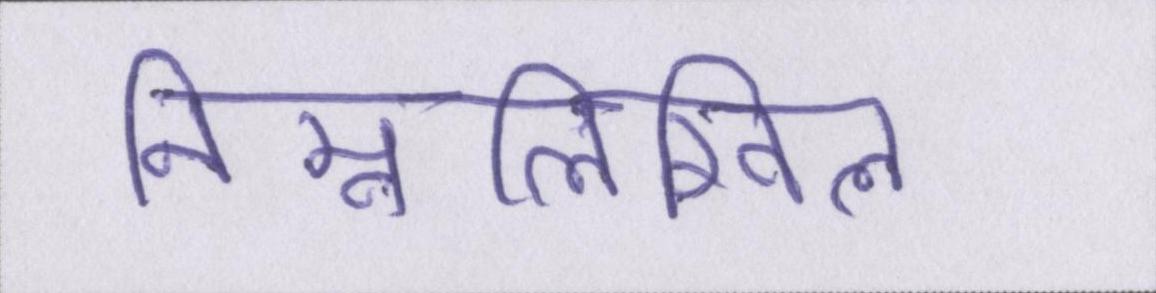
निम्नलिखिल